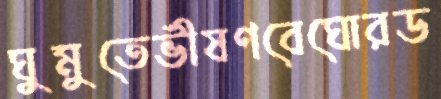
ঘুমুতেভীষণবেঘোরড